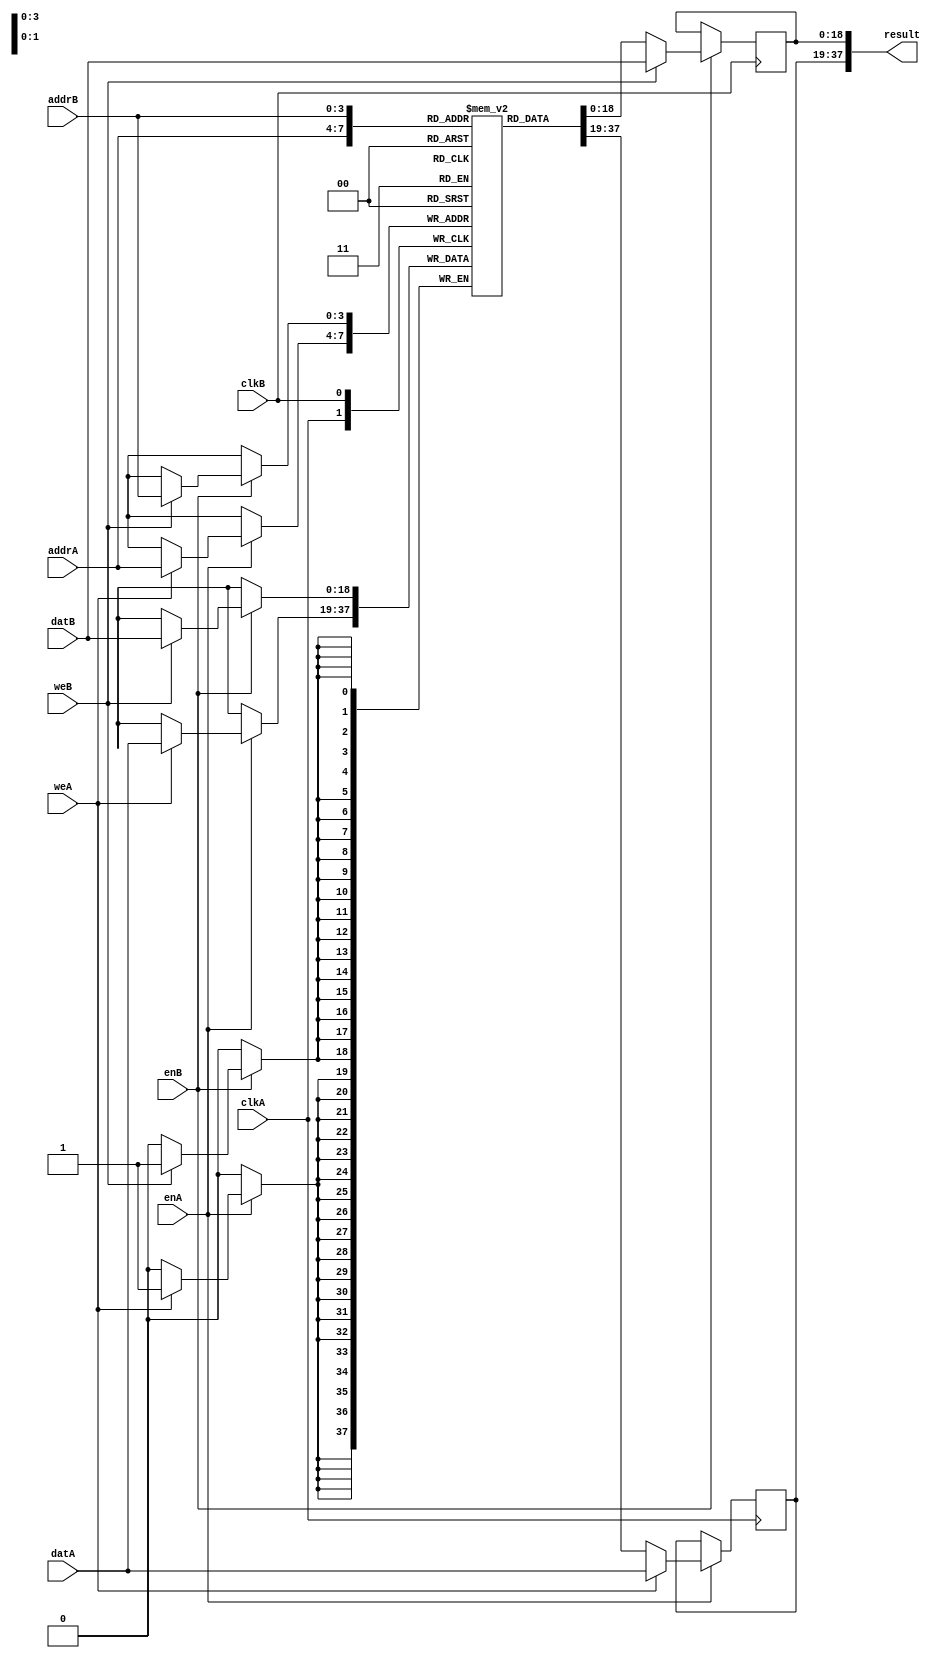
// This program was cloned from: https://github.com/rowanG077/clash-eth-tinytapeout
// License: Apache License 2.0

/* AUTOMATICALLY GENERATED VERILOG-2001 SOURCE CODE.
** GENERATED BY CLASH 1.6.4. DO NOT MODIFY.
*/
`timescale 100fs/100fs
module Clash_TinyTapeout_EthernetMac_TopEntity_topEntity_trueDualPortBlockRamWrapper
    ( // Inputs
      input  clkA // clock
    , input  enA
    , input  weA
    , input [3:0] addrA
    , input [18:0] datA
    , input  clkB // clock
    , input  enB
    , input  weB
    , input [3:0] addrB
    , input [18:0] datB

      // Outputs
    , output wire [37:0] result
    );


  // trueDualPortBlockRam begin
  // Shared memory
  reg [19-1:0] mem [16-1:0];

  reg [18:0] data_slow;
  reg [18:0] data_fast;

  // Port A
  always @(posedge clkA) begin
      if(enA) begin
          data_slow <= mem[addrA];
          if(weA) begin
              data_slow <= datA;
              mem[addrA] <= datA;
          end
      end
  end

  // Port B
  always @(posedge clkB) begin
      if(enB) begin
          data_fast <= mem[addrB];
          if(weB) begin
              data_fast <= datB;
              mem[addrB] <= datB;
          end
      end
  end

  assign result = {data_slow, data_fast};

  // end trueDualPortBlockRam


endmodule